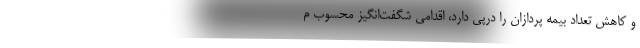
و کاهش تعداد بیمه پردازان را درپی دارد، اقدامی شگفت‌انگیز محسوب م